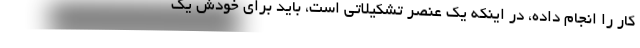
کار را انجام داده، در اینکه یک عنصر تشکیلاتی است، باید برای خودش یک